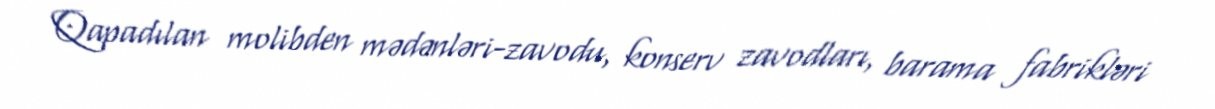
Qapadılan molibden mədənləri-zavodu, konserv zavodları, barama fabrikləri